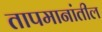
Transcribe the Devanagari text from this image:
तापमानांतील